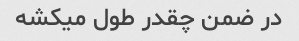
در ضمن چقدر طول میکشه